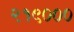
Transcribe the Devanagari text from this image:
२१९०००